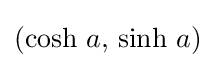
(\cosh \,a,\,\sinh \,a)